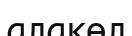
алакөл